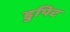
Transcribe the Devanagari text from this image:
डुपिट